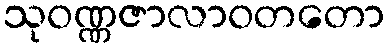
သုဝဏ္ဏဇာလာဝတတော